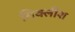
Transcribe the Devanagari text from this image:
मिक्लीश